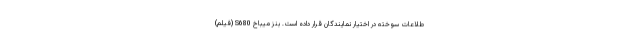
طلاعات سوخته در اختیار نمایندگان قرار داده است. بنز میباخ S680 (فیلم)